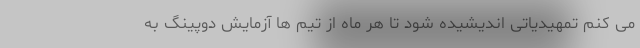
می کنم تمهیدیاتی اندیشیده شود تا هر ماه از تیم ها آزمایش دوپینگ به